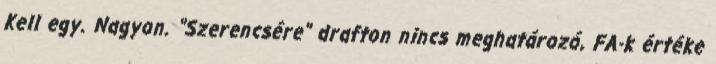
Kell egy. Nagyon. "Szerencsére" drafton nincs meghatározó, FA-k értéke